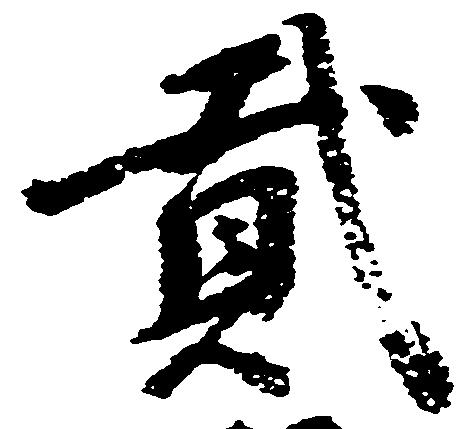
弐